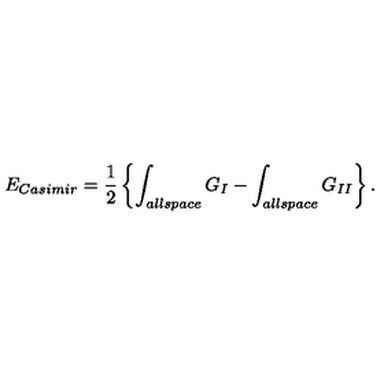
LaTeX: E _ { \small C a s i m i r } = { \frac { 1 } { 2 } } \left\{ \int _ { \small a l l s p a c e } G _ { I } - \int _ { \small a l l s p a c e } G _ { I I } \right\} .